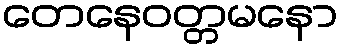
တေနေဝတ္တမနော